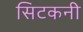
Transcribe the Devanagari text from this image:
सिटकनी